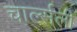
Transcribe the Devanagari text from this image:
चार्ल्सली